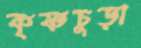
কৃষ্ণচুড়া